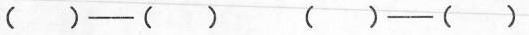
（）——（） （）——（）